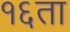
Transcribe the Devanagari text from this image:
१६ता